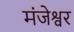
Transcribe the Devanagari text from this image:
मंजेश्वर